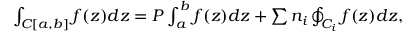
\begin{array} { r } { \int _ { C [ a , b ] } f ( z ) d z = P \int _ { a } ^ { b } f ( z ) d z + \sum n _ { i } \oint _ { C _ { i } } f ( z ) d z , } \end{array}